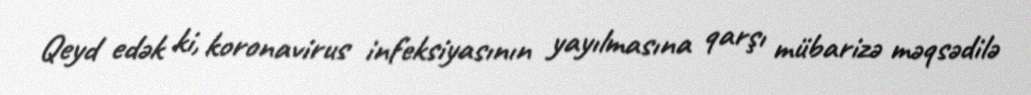
Qeyd edək ki, koronavirus infeksiyasının yayılmasına qarşı mübarizə məqsədilə